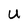
Character: U